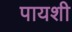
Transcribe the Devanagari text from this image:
पायशी